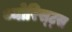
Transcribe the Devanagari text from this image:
थ्योरिस्ट्स